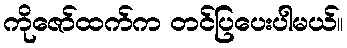
ကိုဇော်ထက်က တင်ပြပေးပါမယ်။